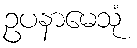
ဥပနာမေသုံ